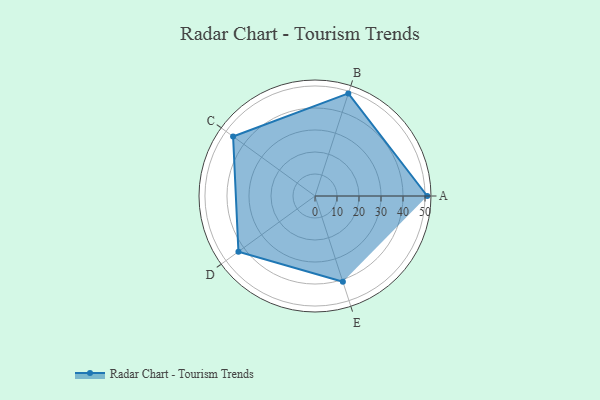
{"axis": {"x": "Skill", "y": "Score"}, "legend": ["Profile"], "data": [{"x": "A", "y": 51.0, "type": "Profile"}, {"x": "B", "y": 49.0, "type": "Profile"}, {"x": "C", "y": 46.0, "type": "Profile"}, {"x": "D", "y": 43.0, "type": "Profile"}, {"x": "E", "y": 41.0, "type": "Profile"}]}